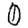
Digit: 0